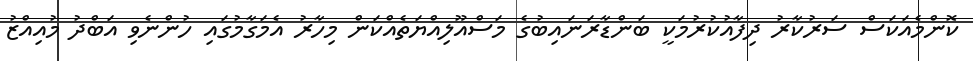
ކޮންމެއަކަސް ސަރުކާރު ދިފާއުކުރުމަކީ ބަންޑާރަނައިބުގެ މަސްއޫލިއްޔަތެއްކަން މިހާރު އެމަގާމުގައި ހުންނެވި އަބްދު މުއިއްޒު